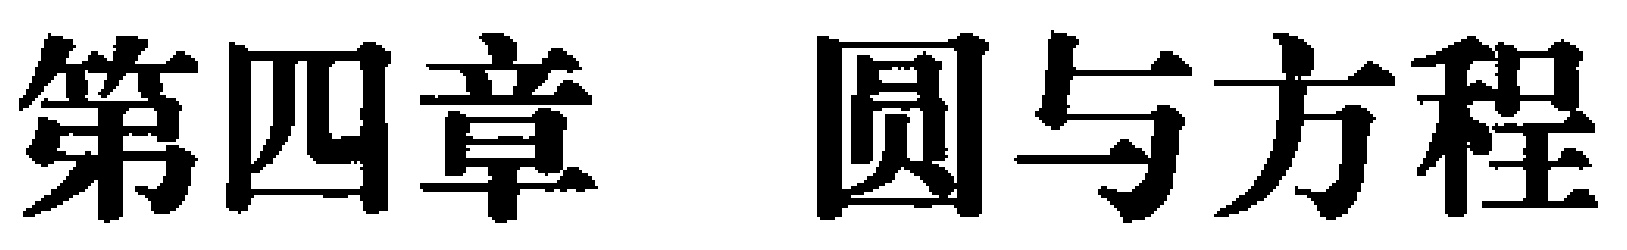
第四章 圆与方程